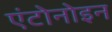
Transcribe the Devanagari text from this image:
एंटोनोइन